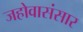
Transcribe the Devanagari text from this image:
जहोवासंसार